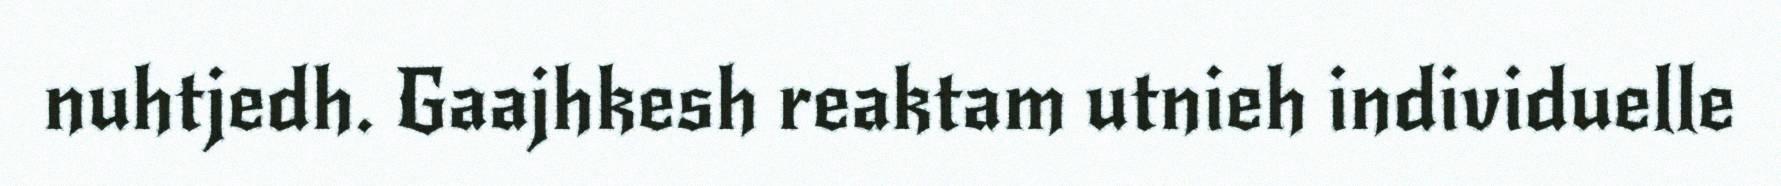
nuhtjedh. Gaajhkesh reaktam utnieh individuelle